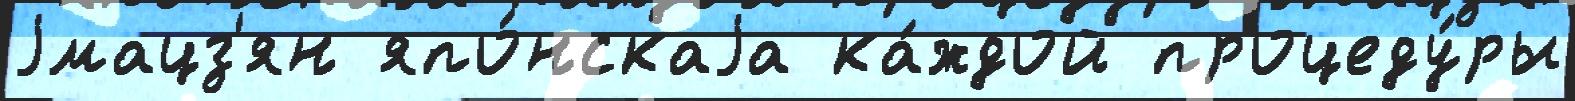
jмацз'ян япо́нскаjа ка́ждой процеду́ры